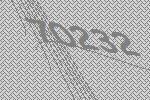
70232